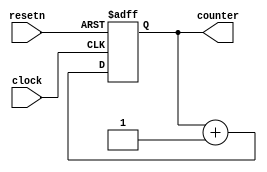
// Store the number of cycles elapsed from last reset.
module cycles_counter(clock, resetn, counter);
	input             clock, resetn;
	output reg [31:0] counter;

	initial begin
		counter <= 0;
	end

	always @(posedge clock or negedge resetn) begin
		if (!resetn)
			counter <= 0;
		else
			counter <= counter + 1;
	end
endmodule